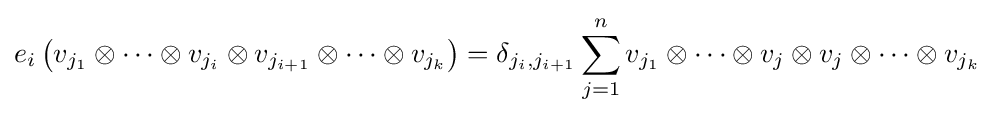
e_{i}\left(v_{j_{1}}\otimes \cdots \otimes v_{j_{i}}\otimes v_{j_{i+1}}\otimes \cdots \otimes v_{j_{k}}\right)=\delta _{j_{i},j_{i+1}}\sum _{j=1}^{n}v_{j_{1}}\otimes \cdots \otimes v_{j}\otimes v_{j}\otimes \cdots \otimes v_{j_{k}}\